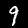
Label: 9